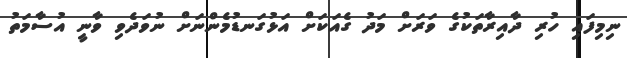
ނިމިފައި ހުރި ދާއިރާތަކުގެ ވަރަށް މަދު ގެއަކަށް އަޅުގަނޑުމެންނަށް ނުވަދެވި ވާނީ އުސާމަތު